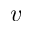
v